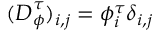
( \boldsymbol { D } _ { \phi } ^ { \tau } ) _ { i , j } = \phi _ { i } ^ { \tau } \delta _ { i , j }